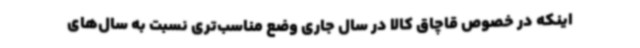
اینکه در خصوص قاچاق کالا در سال جاری وضع مناسب‌تری نسبت به سال‌های